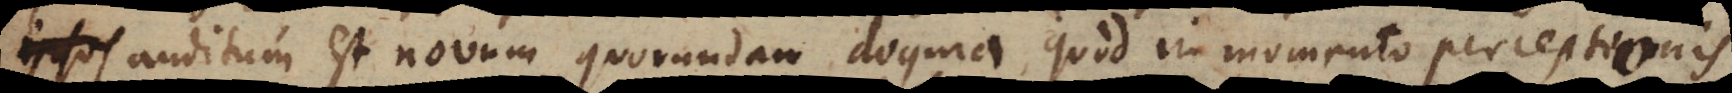
auditum est novum quorundam dogma, quod in momento usus perceptionis